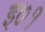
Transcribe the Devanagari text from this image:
इ७१